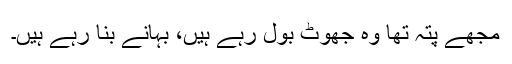
مجھے پتہ تھا وہ جھوٹ بول رہے ہیں، بہانے بنا رہے ہیں۔